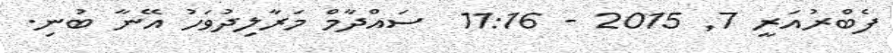
ފެބްރުއަރީ 7